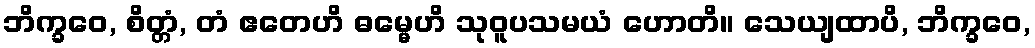
ဘိက္ခဝေ, စိတ္တံ, တံ ဧတေဟိ ဓမ္မေဟိ သုဝူပသမယံ ဟောတိ။ သေယျထာပိ, ဘိက္ခဝေ,